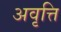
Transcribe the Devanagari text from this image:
अवृत्ति